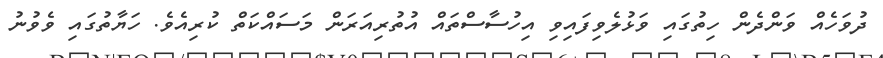
ދުވަހެއް ވަންދެން ހިތުގައި ވަޅުލެވިފައިވި އިހުސާސްތައް އުތުރިއަރަން މަސައްކަތް ކުރިއެވެ. ހަޔާތުގައި ވެވުނު